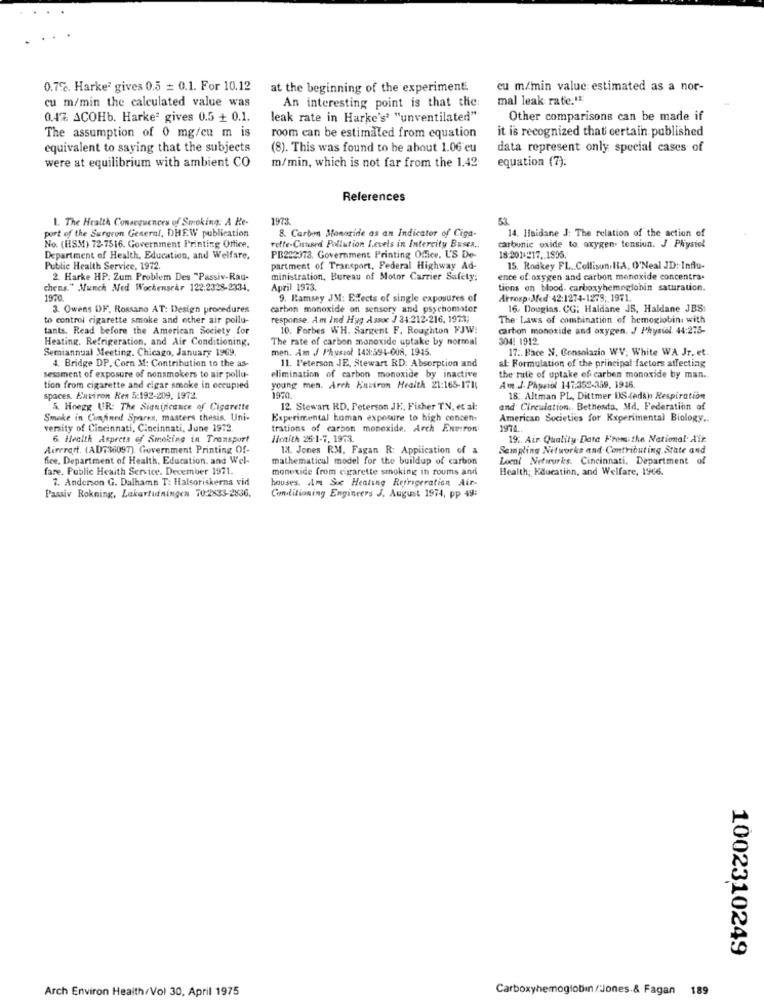
0.7%. Harke? gives 0.5 = 0.1. For 10.12
at the beginning of the experiment.
eu m/min value: estimated as a nor-
cu m/min the calculated value was
An interesting point is that the:
mal leak rate:"
0.4%. ACOHb. Harkeª gives 0.5 + 0.1.
leak rate in Harke's' "unventilated"
Other comparisons can be made if
it is recognized that certain published
The assumption of 0 mg/cu m is
room can be estimated from equation
equivalent to saying that the subjects
(8). This was found to be about 1.06 eu
data represent only special cases of
were at equilibrium with ambient CO
equation (7).
m/min, which is not far from the 1.42
References
1. The Health Consequences of Smoking: A He-
1973.
53.
14. Haidane J: The relation of the action of
port of the Surgeon General, DHEW publication
8. Carbon Stonaride as an Indicator of Ciga-
No. (HSM) 72-7516. Government Printing Office,
rette-Chased Pollution Levels in Intercity BEseR ..
carbunie oxide to oxygen. tension. J Physiol
Department of Health, Education, and Welfare,
PB292373. Government Printing Office. US De-
18-2014-17 .. 1805.
Public Health Service, 1972.
partment of Transport, Federal Highway Ad-
15. Rodkey FL. Collison. HA, O'Neal JD: Influ-
2 Harke HP: Zum Problem Des "Passiv-Rau-
ministration, Bureau of Motor Carrier Safety;
ence of oxygen and carbon monoxide concentra.
chens." Munch Med WochenseAr 122:2328-2334.
April 1973.
tions on blood. carboxyhemoglobin saturation.
1970.
9. Ramsey JM: Efects of single exposures of
Arrosp.Med 42:1274-1275; 1971.
3. Owens DF. Rossano AT: Design procedures
carbon monoxide on sensory and psychomotor
16. Douglas. CG; Haldane JS, Haldane JBS:
to control cigarette smoke and other air pollu-
response. Am Ind Hug Assoc / 34:212-216, 1973;
The Laws of combination of hemoglobin with
tants. Read before the American Society for
10. Forbes WH. Sargent F. Roughton FJW:
carbon monoxide and oxygen. J Physiol 44:275-
Heating. Refrigeration, and Air Conditioning.
The rate of carbon monoxide uptake by normal
304: 1912
Semiannual Meeting. Chicago, January 1969.
men. Am J Physiol 143:594-008. 1945.
17 .. Bace N, Consolazio WV; White WA Jr. et.
4. Bridge DP. Corn M: Contribution to the as-
11. Peterson JE, Stewart RD: Absorption and
at: Formulation of the principal factors affecting
sessment of exposure of nonsmokers to air pollu-
elimination of carbon monoxide by inactive
the rate of uptake of carbon monoxide by man ..
tion from cigarette and cigar smoke in occupied
young men. Arch Environ Health 21:165-171;
Am J. Phpriol 147:352-359, 1946.
spaces. Environ Res &:192-209, 1972.
18 :. Altman PL, Dittmer IS dedk) Respiration
5. Hoegg UR: The Significance of Cigarette
12. Stewart RD. Peterson JE, Fisher TN, et al:
and Circulation .. Bethesda, Md. Federation of
Smoke in Confined Sparen, masters thesis. Uni-
Experimental homan exposure to high concen-
American Societies for Experimental Biology ..
versity of Cincinnati, Cincinnati, June 1972.
trations of carbon monoxide. Arch Environ:
1974.
6. Health Aspreta of Smoking in Transport
Hoaith 26-1-7, 1973.
19 .. Air Quality Data From the National Air.
Airrrert. (AD736097). Government Printing Of-
12. Jones RM, Fagan R: Application of a
Sempling Networks and Contributing State and
fice, Department of Health, Education. and Wel-
mathematical model for the buildup of carbon
Local Networks. Cincinnati, Department of
fare. Public Health Service. December 1971.
monexide from cigarette smoking in roums and
Health; Kaueatinn, and Welfare, 1966.
7. Anderson G. Dalhamn T: Halsoriskerna vid
houses. Am Suc Heating Refrigeration Air-
Conditioning Engineers J. August 1974, pp 49:
Passiv Rokning, Lakartuningen 70:2833-2836.
1002310249
Arch Environ Health/Vol 30. April 1975
Carboxyhemoglobin /Jones & Fagan 189